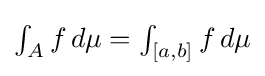
{\textstyle \int _{A}f\,d\mu =\int _{[a,b]}f\,d\mu }